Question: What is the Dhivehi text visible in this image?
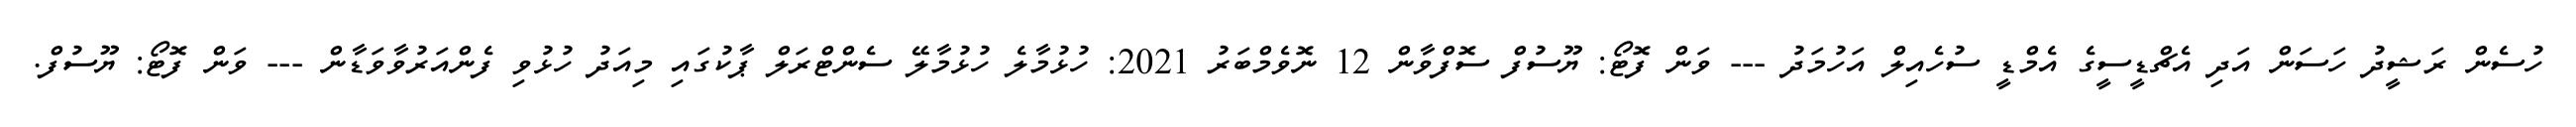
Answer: ހުސެން ރަޝީދު ހަސަން އަދި އެޗްޑީސީގެ އެމްޑީ ސުހެއިލް އަހުމަދު --- ވަން ފޮޓޯ: ޔޫސުފް ސޮފްވާން 12 ނޮވެމްބަރު 2021: ހުޅުމާލެ ހުޅުމާލޭ ސެންޓްރަލް ޕާކުގައި މިއަދު ހުޅުވި ފެންއަރުވާވަޑާން --- ވަން ފޮޓޯ: ޔޫސުފް.